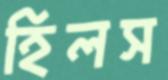
হিলস